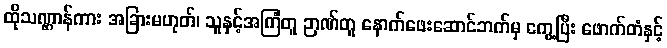
ထိုသဏ္ဌာန်ကား အခြားမဟုတ်၊ သူနှင့်အကြံတူ ဉာဏ်တူ နောက်ဖေးဆောင်ဘက်မှ ကွေ့ပြီး ဖောက်တံနှင့်